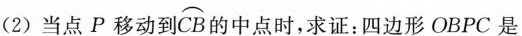
(2)当点P移动到\stackrel\frown{CB}的中点时，求证：四边形OBPC是